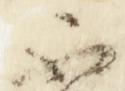
不